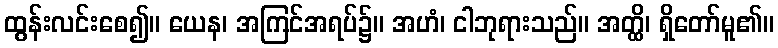
ထွန်းလင်းစေ၍။ ယေန၊ အကြင်အရပ်၌။ အဟံ၊ ငါဘုရားသည်။ အတ္ထိ၊ ရှိတော်မူ၏။